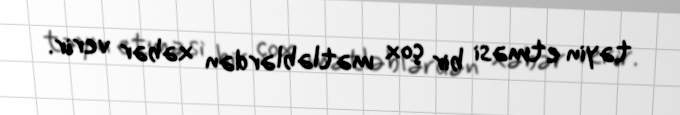
təyin etməsi bir çox mətləblərdən xəbər verir.